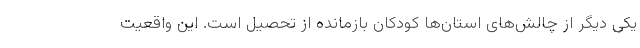
یکی دیگر از چالش‌های استان‌ها کودکان بازمانده از تحصیل است. این واقعیت